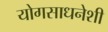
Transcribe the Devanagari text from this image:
योगसाधनेशी